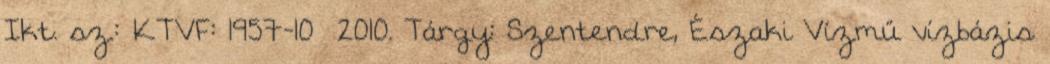
Ikt. sz.: KTVF: 1957-10 2010. Tárgy: Szentendre, Északi Vízmű vízbázis